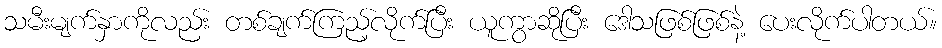
သမီးမျက်နှာကိုလည်း တစ်ချက်ကြည့်လိုက်ပြီး ယူကွာဆိုပြီး ဒေါသဖြစ်ဖြစ်နဲ့ ပေးလိုက်ပါတယ်။